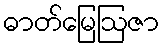
ဓာတ်မြေဩဇာ